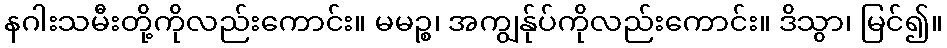
နဂါးသမီးတို့ကိုလည်းကောင်း။ မမဉ္စ၊ အကျွန်ုပ်ကိုလည်းကောင်း။ ဒိသွာ၊ မြင်၍။